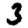
Digit: 3